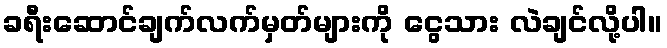
ခရီးဆောင်ချက်လက်မှတ်များကို ငွေသား လဲချင်လို့ပါ။